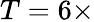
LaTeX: T=6\times